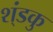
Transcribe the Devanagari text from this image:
श्ंडकु